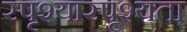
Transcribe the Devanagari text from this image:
स्पृश्यास्पृश्यता